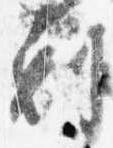
剋